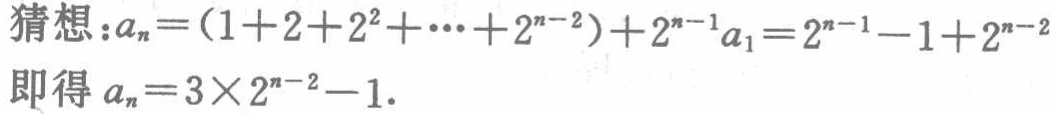
猜想：\(a_{n}=(1 + 2 + 2^{2}+\cdots+2^{n - 2})+2^{n - 1}a_{1}=2^{n - 1}-1 + 2^{n - 2}\)
即得 \(a_{n}=3\times2^{n - 2}-1\).